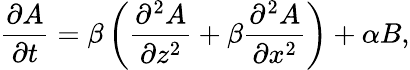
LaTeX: \frac{\partial A}{\partial t}=\beta\left({\frac{\partial^{2}A}{\partial z^{2}}+\beta\frac{\partial^{2}A}{\partial x^{2}}}\right)+\alpha B,